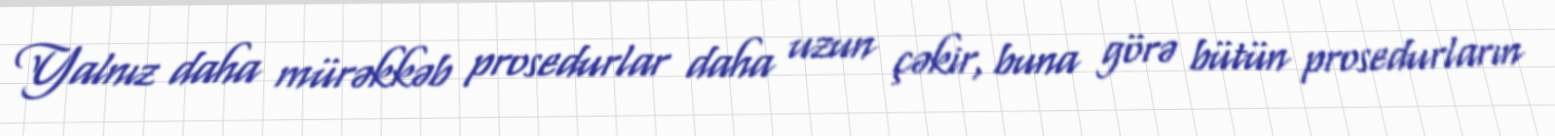
Yalnız daha mürəkkəb prosedurlar daha uzun çəkir, buna görə bütün prosedurların